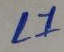
Text: L1